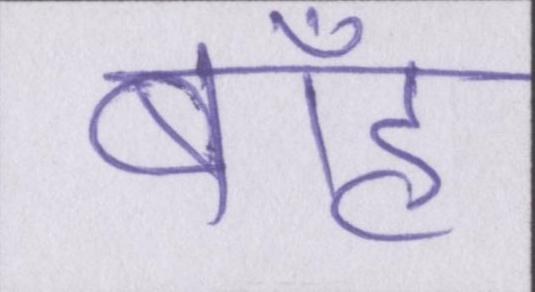
बाँह